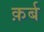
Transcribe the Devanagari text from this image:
क़र्ब